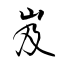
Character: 岌